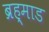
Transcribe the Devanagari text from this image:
ब्रह्माड